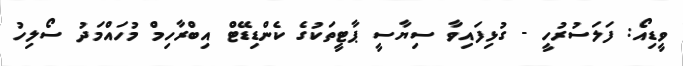
ވީޑިއޯ: ފަލަސުރުހީ - ގުޅިފައިވާ ސިޔާސީ ޕާޓީތަކުގެ ކެންޑިޑޭޓް އިބްރާހިމް މުހައްމަދު ސޯލިހު